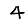
Digit: 4